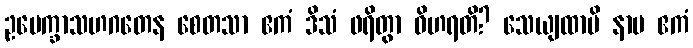
ဥပေက္ခာသဟဂတေန စေတသာ ဧကံ ဒိသံ ဖရိတွာ ဝိဟရတိ? သေယျထာပိ နာမ ဧကံ